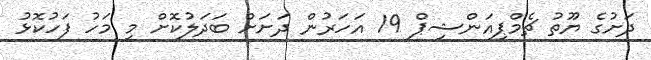
ދަށުގެ ޔޫތު ޗެމްޕިއަންޝިޕް 19 އަހަރުން ދަށަށް ބަދަލުކޮށް މި މަހު ފަހުކޮޅު